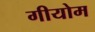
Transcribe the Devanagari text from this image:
गीयोम